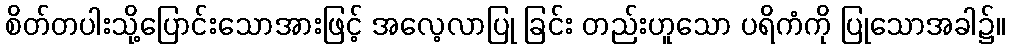
စိတ်တပါးသို့ပြောင်းသောအားဖြင့် အလေ့လာပြု ခြင်း တည်းဟူသော ပရိကံကို ပြုသောအခါ၌။